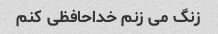
زنگ می زنم خداحافظی کنم